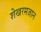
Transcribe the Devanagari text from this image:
शेखरमजान